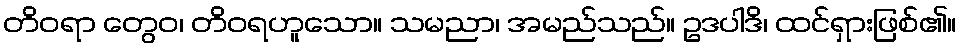
တိဝရာ တွေဝ၊ တိဝရဟူသော။ သမညာ၊ အမည်သည်။ ဥဒပါဒိ၊ ထင်ရှားဖြစ်၏။